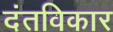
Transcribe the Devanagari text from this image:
दंतविकार